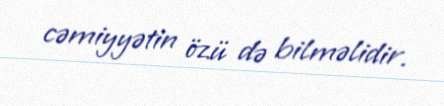
cəmiyyətin özü də bilməlidir.